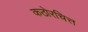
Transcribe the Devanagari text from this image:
कठोरचित्त